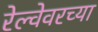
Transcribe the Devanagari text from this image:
रेल्वेवरच्या